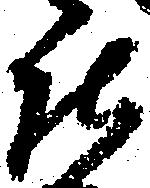
庄